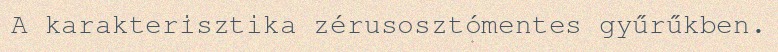
A karakterisztika zérusosztómentes gyűrűkben.